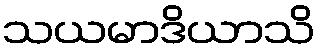
သယမာဒိယာသိ